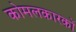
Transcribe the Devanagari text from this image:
कोमलकारकों